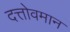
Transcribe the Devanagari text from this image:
दत्तोवमान